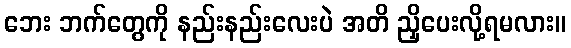
ဘေး ဘက်တွေကို နည်းနည်းလေးပဲ အတိ ညှိပေးလို့ရမလား။